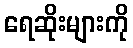
ရေဆိုးများကို